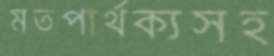
মতপার্থক্যসহ